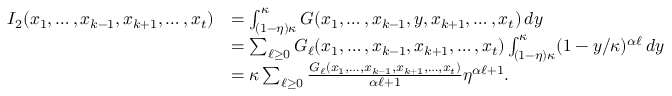
\begin{array} { r l } { I _ { 2 } ( x _ { 1 } , \dots , x _ { k - 1 } , x _ { k + 1 } , \dots , x _ { t } ) } & { = \int _ { ( 1 - \eta ) \kappa } ^ { \kappa } G ( x _ { 1 } , \ldots , x _ { k - 1 } , y , x _ { k + 1 } , \ldots , x _ { t } ) \, d y } \\ & { = \sum _ { \ell \ge 0 } G _ { \ell } ( x _ { 1 } , \ldots , x _ { k - 1 } , x _ { k + 1 } , \ldots , x _ { t } ) \int _ { ( 1 - \eta ) \kappa } ^ { \kappa } ( 1 - y / \kappa ) ^ { \alpha \ell } \, d y } \\ & { = \kappa \sum _ { \ell \ge 0 } \frac { G _ { \ell } ( x _ { 1 } , \ldots , x _ { k - 1 } , x _ { k + 1 } , \ldots , x _ { t } ) } { \alpha \ell + 1 } \eta ^ { \alpha \ell + 1 } . } \end{array}